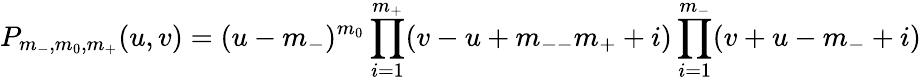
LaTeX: P_{m_{-},m_{0},m_{+}}(u,v)=(u-m_{-})^{m_{0}}\prod_{i=1}^{m_{+}}(v-u+m_{--}m_{+}+i)\prod_{i=1}^{m_{-}}(v+u-m_{-}+i)